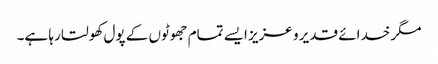
مگر خدائے قدیر و عزیز ایسے تمام جھوٹوں کے پول کھولتا رہا ہے۔